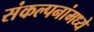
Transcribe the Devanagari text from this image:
संकल्पनांमध्ये